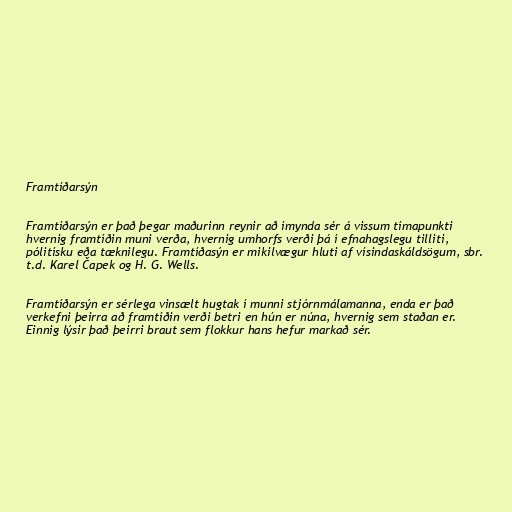
Framtíðarsýn

Framtíðarsýn er það þegar maðurinn reynir að ímynda sér á vissum tímapunkti
hvernig framtíðin muni verða, hvernig umhorfs verði þá í efnahagslegu tilliti,
pólitísku eða tæknilegu. Framtíðasýn er mikilvægur hluti af vísindaskáldsögum, sbr.
t.d. Karel Čapek og H. G. Wells.

Framtíðarsýn er sérlega vinsælt hugtak í munni stjórnmálamanna, enda er það
verkefni þeirra að framtíðin verði betri en hún er núna, hvernig sem staðan er.
Einnig lýsir það þeirri braut sem flokkur hans hefur markað sér.